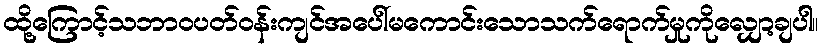
ထို့ကြောင့်သဘာဝပတ်ဝန်းကျင်အပေါ်မကောင်းသောသက်ရောက်မှုကိုလျှော့ချပါ။